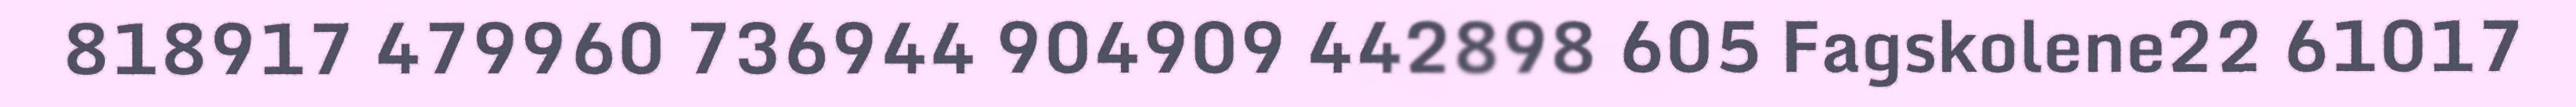
818917 479960 736944 904909 442898 605 Fagskolene22 61017